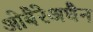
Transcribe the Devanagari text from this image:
ओबैरेअधैन